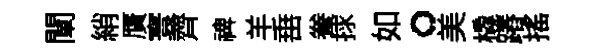
闡綃贋寰齊禆羊𡸁飬捄如。美橇蹖摇